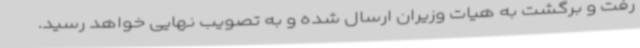
رفت و برگشت به هیات وزیران ارسال شده و به تصویب نهایی خواهد رسید.